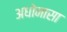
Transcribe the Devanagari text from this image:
अधोनासा